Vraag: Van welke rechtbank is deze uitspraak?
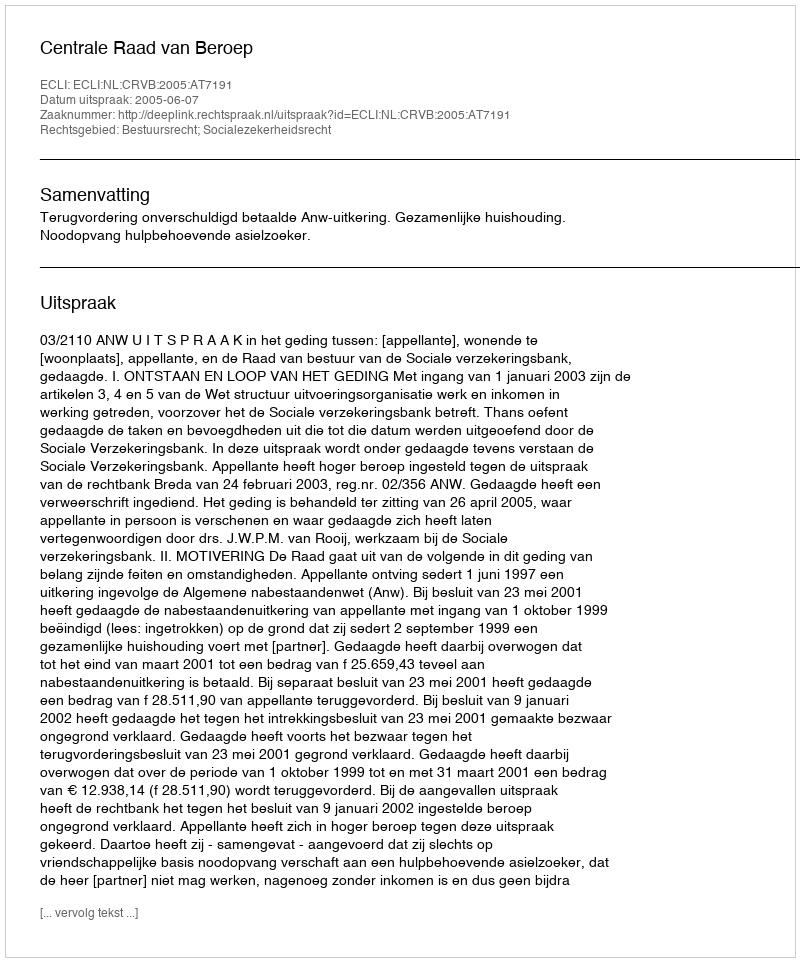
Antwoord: Centrale Raad van Beroep